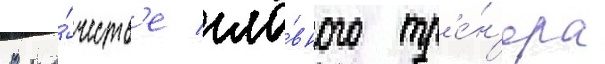
В ка́честв'е гла́вного тр'е́н'ера